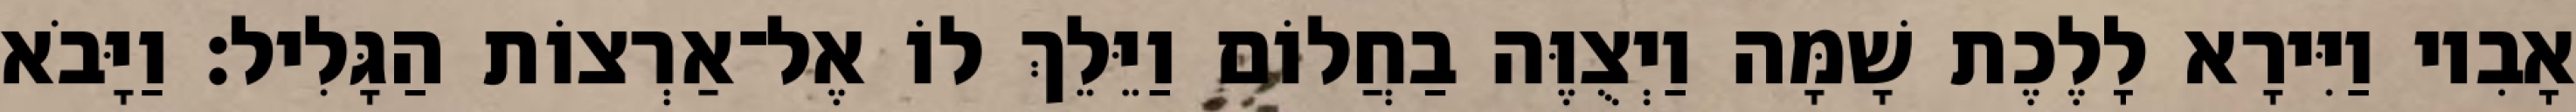
אָבִיו וַיִּירָא לָלֶכֶת שָׁמָּה וַיְצֻוֶּה בַחֲלוֹם וַיֵּלֵךְ לוֹ אֶל־אַרְצוֹת הַגָּלִיל׃ וַיָּבֹא